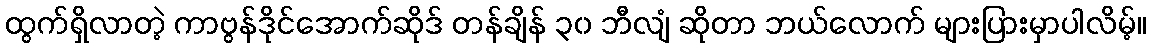
ထွက်ရှိလာတဲ့ ကာဗွန်ဒိုင်အောက်ဆိုဒ် တန်ချိန် ၃၀ ဘီလျံ ဆိုတာ ဘယ်လောက် များပြားမှာပါလိမ့်။